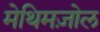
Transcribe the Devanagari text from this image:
मेथिमज़ोल